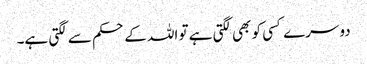
دوسرے کسی کو بھی لگتی ہے تو اللہ کے حکم سے لگتی ہے۔